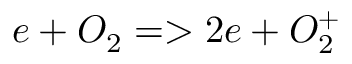
e + O _ { 2 } = > 2 e + O _ { 2 } ^ { + }